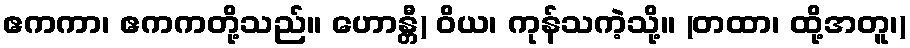
ဧကကာ၊ ဧကကတို့သည်။ ဟောန္တီ) ဝိယ၊ ကုန်သကဲ့သို့။ (တထာ၊ ထို့အတူ၊)